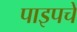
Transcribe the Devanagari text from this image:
पाइपचे